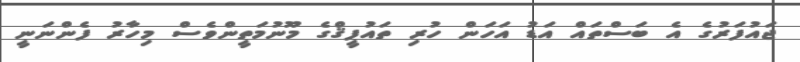
ޖައުފަރުގެ އެ ބަސްތައް އަޑު އަހަން ހުރި ތައުފީޤްގެ މޫނުމަތީންވެސް މިހާރު ފެންނަނީ